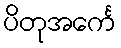
ပိတုအင်္ကေ